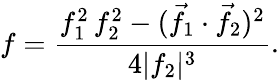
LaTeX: f={\frac{f_{1}^{2}\, f_{2}^{2}-({\vec{f}}_{1}\cdot{\vec{f}}_{2})^{2}}{4|f_{2}|^{3}}}.